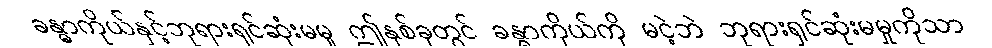
ခန္ဓာကိုယ်နှင့်ဘုရားရှင်ဆုံးမမူ ဤနှစ်ခုတွင် ခန္ဓာကိုယ်ကို မငဲ့ဘဲ ဘုရားရှင်ဆုံးမမှုကိုသာ